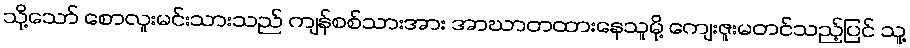
သို့သော် စောလူးမင်းသားသည် ကျန်စစ်သားအား အာဃာတထားနေသူမို့ ကျေးဇူးမတင်သည့်ပြင် သူ့